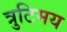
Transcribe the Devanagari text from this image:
त्रुटिमय